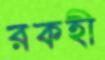
রকহী